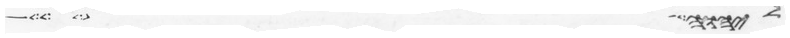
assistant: ליהוה כליל